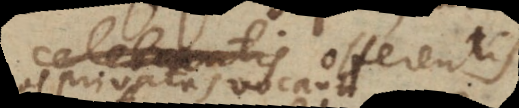
celebrantis offerentis